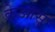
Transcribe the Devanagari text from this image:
क्रेआस्